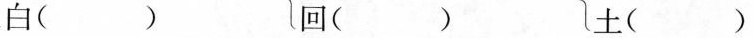
白（ ） 回（ ） 土（ ）